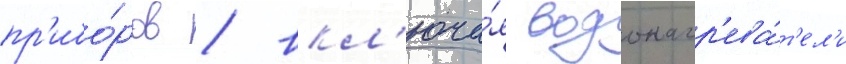
пр'ибо́ров / вкл'юча́я водонагр'ева́т'ел'и